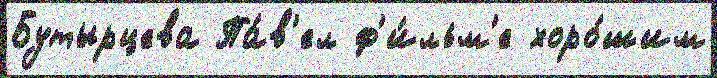
Бутырцева Па́в'ел ф'и́льм'е хоро́шим